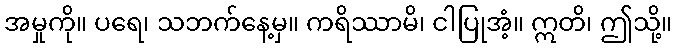
အမှုကို။ ပရေ၊ သဘက်နေ့မှ။ ကရိဿာမိ၊ ငါပြုအံ့။ ဣတိ၊ ဤသို့။